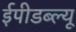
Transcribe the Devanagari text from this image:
ईपीडब्ल्यू